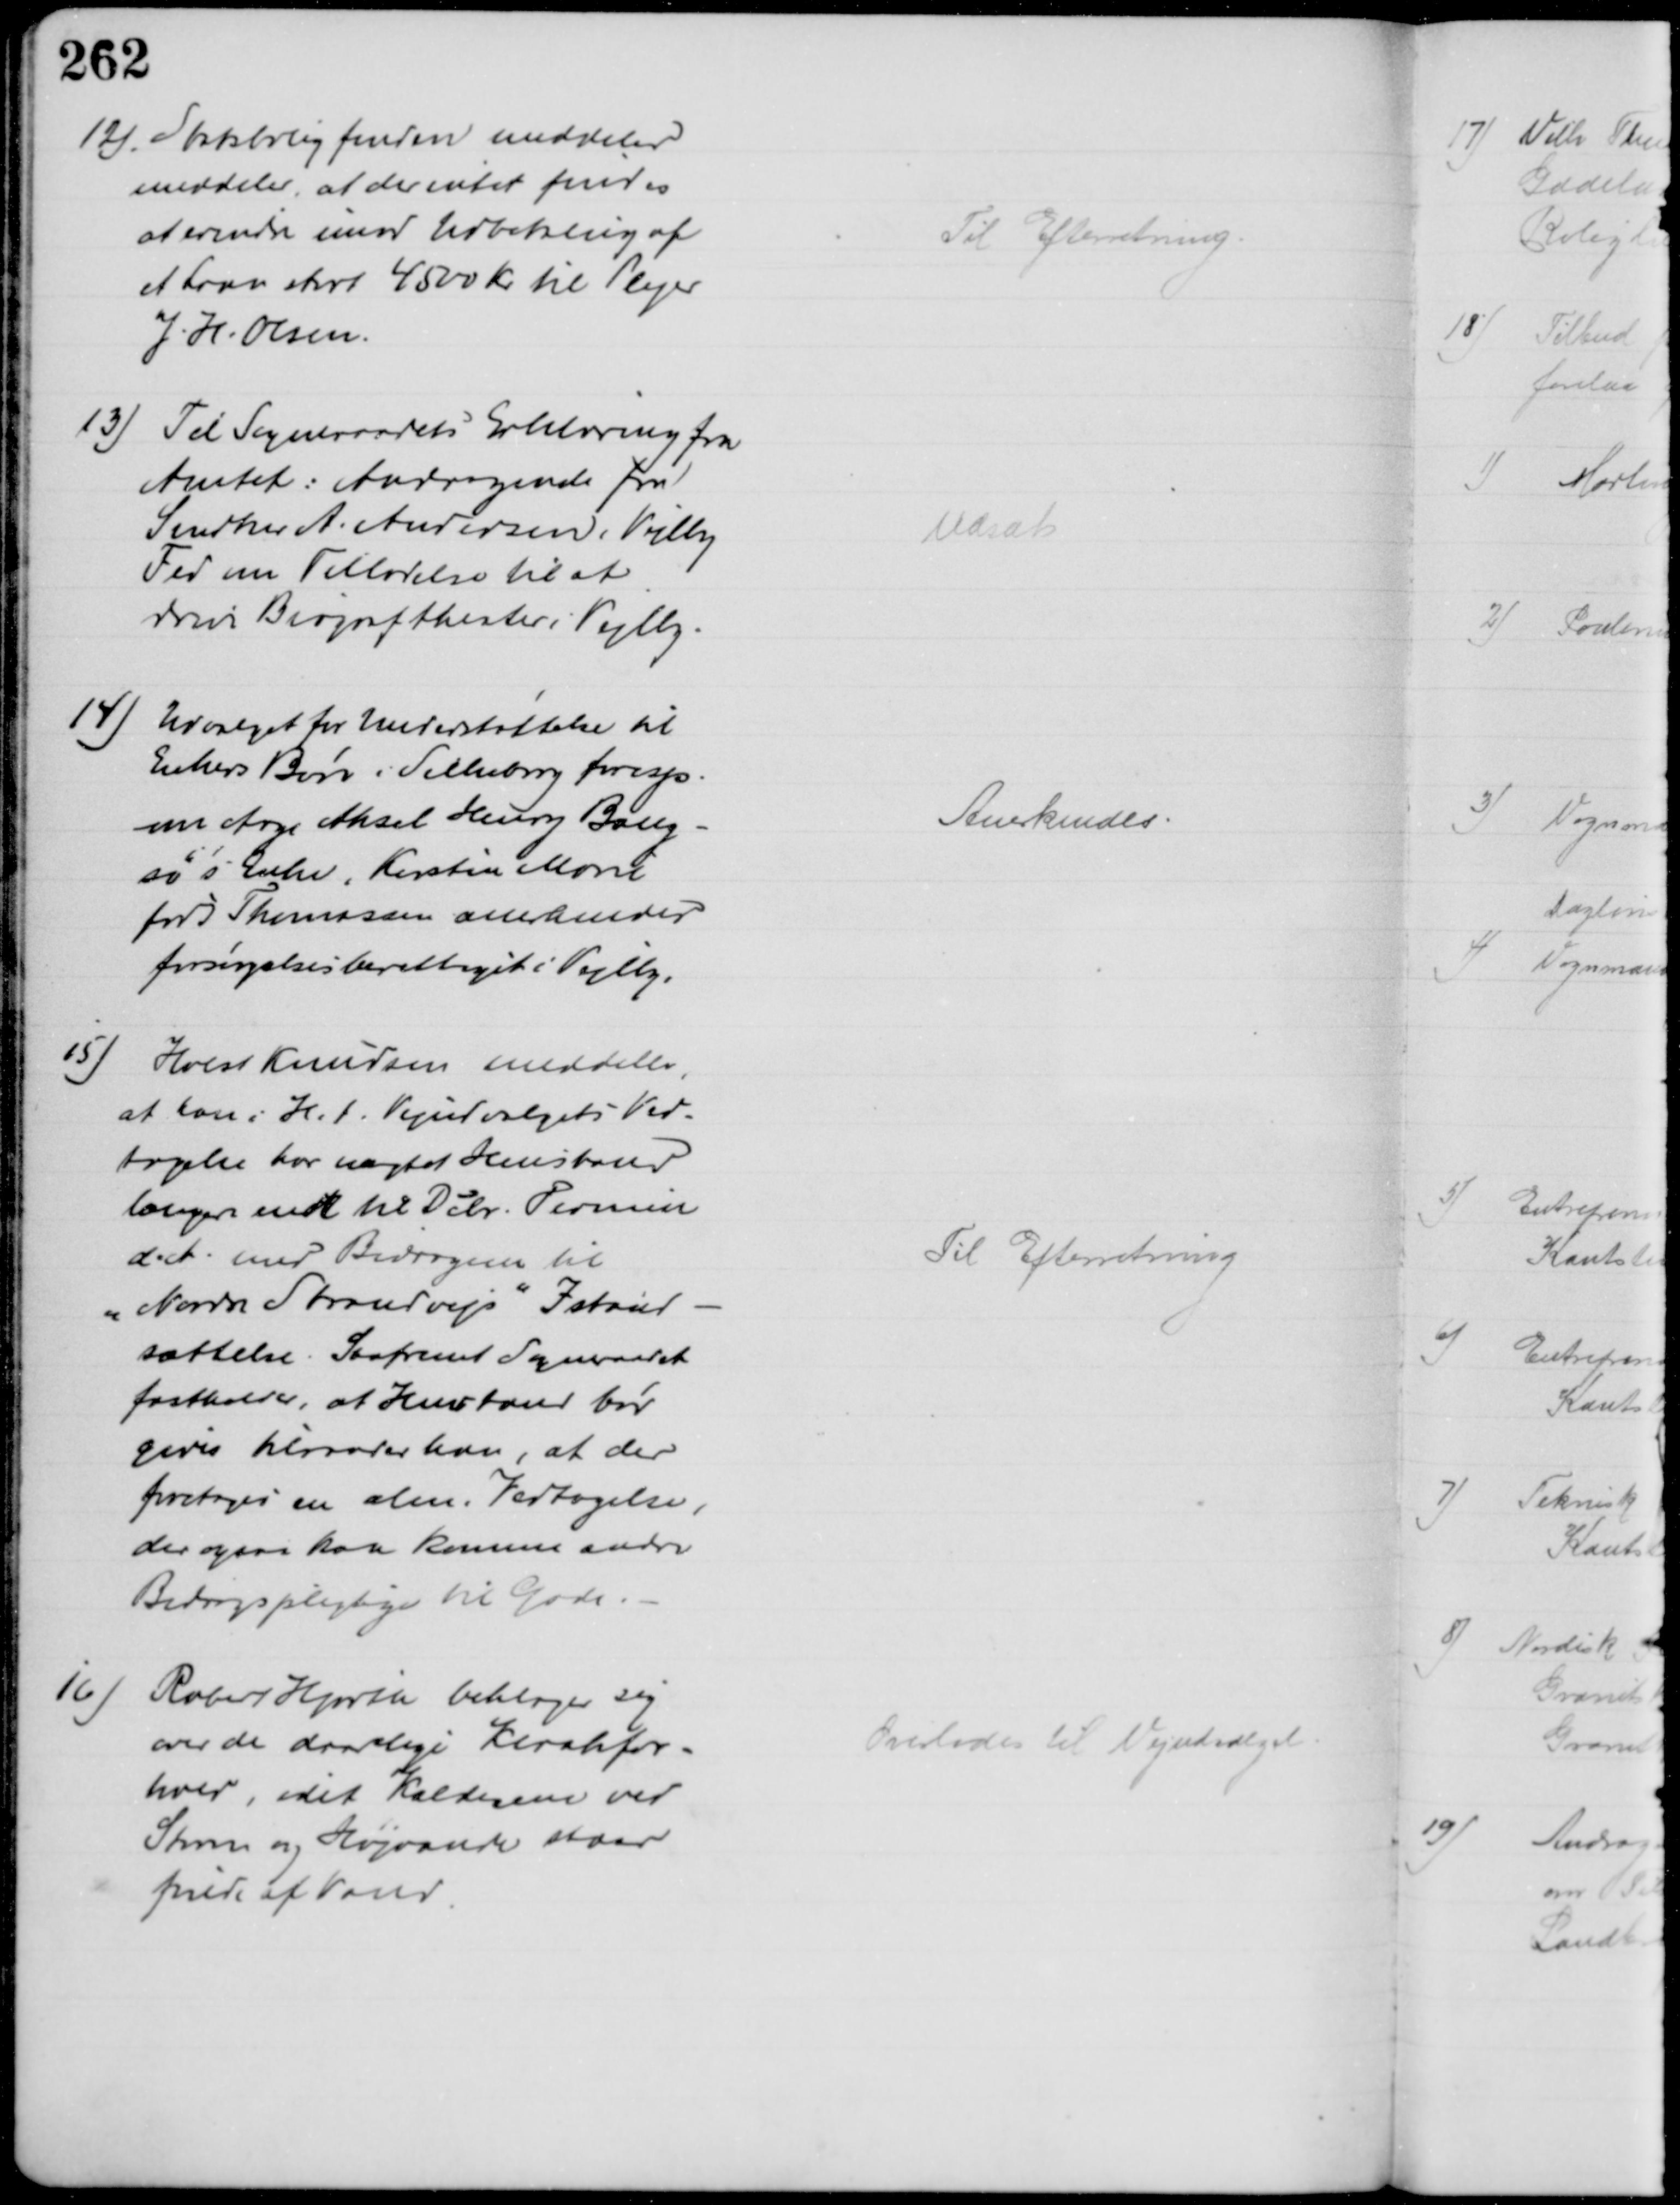
Transskription:
12) Statsboligfonden meddeler
meddeler, at der intet findes
at erindre imod Udbetaling af
et Laan stort 4500 Kr til Plejer
J. H. Olsen
Til Efterretning.
13) Til Sogneraadets Erklæring fra
Amtet: Andragende fra
Snedker A. Andersen, Vejlby
Fed om Tilladelse til at
drive Biograftheater i Vejlby.
Udsat
14) Udvalget for Understøttelse til
Enkers Børn i Silkeborg foresp.
om Aage Aksel Henry Bang-
sø's Enke, Kirsten Marie
født Thomassen anerkendes
forsørgelsesberettiget i Vejlby.
Anerkendes.
15)
Holst Knudsen meddeler,
at han i H.t. Vejudvalgets Ved-
tagelse har nægtet Henstand
længere endt til Dcbr. Termin
d. A. med Bidragene til 
" Nordre Strandvejs" Istand-
sættelse. Saafremt Sogneraadet
fastholder, at Henstand bør
gives tilraader han, at der
foretages en alm. Vedtagelse,
der ogsaa kan komme andre
Bidragspligtige til Gode.
Til Efterretning
16)
Rober Hjorth beklager sig
over de daarlige Kloakfor-
hold, idet Kælderen ved
Storm og Højvande staar
fulde af Vand.
Overlodes til Vejudvalget